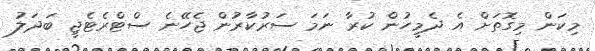
މިކަން މިގޮތަށް އެ ދެމީހުން ކުރާ ނަމަ ސަރުކާރުން ޖެހޭނެ ސްޓްރެޓެޖީ ބަދަލު